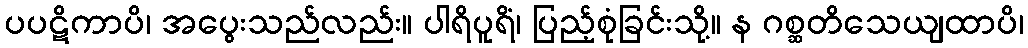
ပပဋိကာပိ၊ အပွေးသည်လည်း။ ပါရိပူရိံ၊ ပြည့်စုံခြင်းသို့။ န ဂစ္ဆတိသေယျထာပိ၊